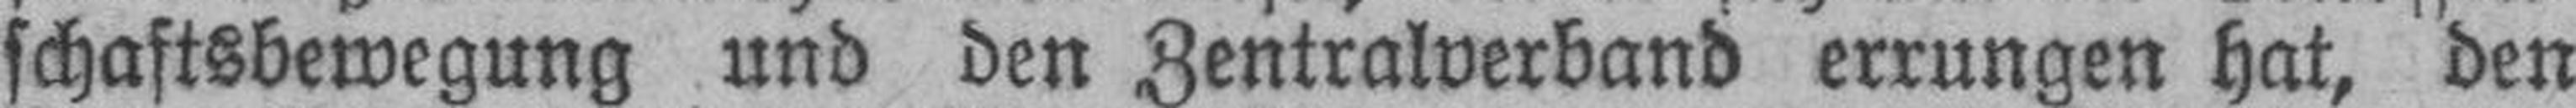
schaftsbewegung und den Zentralverband errungen hat, den